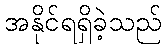
အနိုင်ရရှိခဲ့သည်